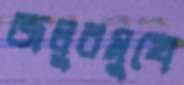
জলুরমুখে